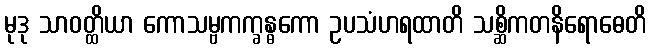
မုဒု သာဝတ္ထိယာ ကောသမ္ဗကက္ခန္ဓကော ဥပသံဟရထာတိ သစ္ဆိကတနိရောဓေတိ